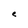
Character: e